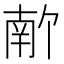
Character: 𫧣